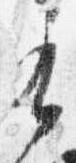
有